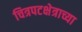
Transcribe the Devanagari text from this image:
चित्रपटक्षेत्राच्या